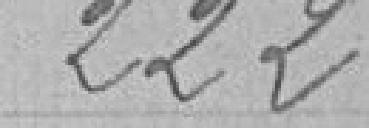
222